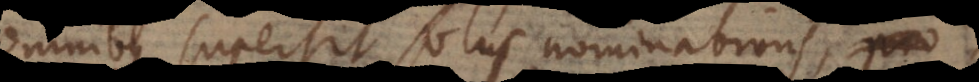
omnibus supersit solus nominativus, pro